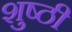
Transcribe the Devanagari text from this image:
शुष्ठी